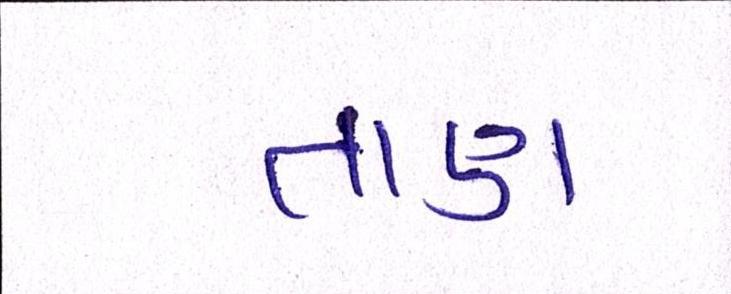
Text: તાણ